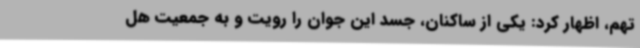
تهم، اظهار کرد: یکی از ساکنان، جسد این جوان را رویت و به جمعیت هل